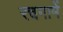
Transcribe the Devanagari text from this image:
रचनामें